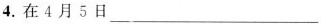
4.在4月5日___